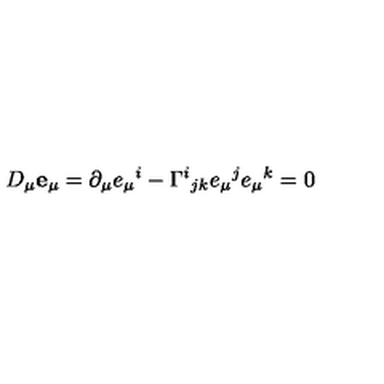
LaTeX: D _ { \mu } { \bf e } _ { \mu } = \partial _ { \mu } e _ { \mu } { } ^ { i } - \Gamma ^ { i } { } _ { j k } e _ { \mu } { } ^ { j } e _ { \mu } { } ^ { k } = 0